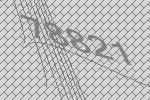
78821